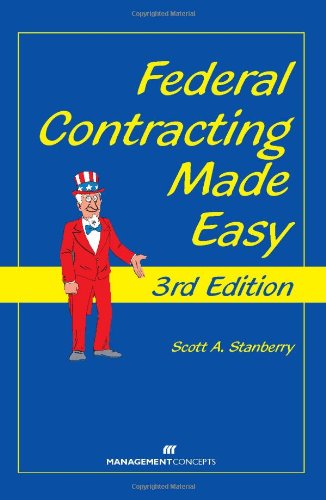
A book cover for Federal Contracting Made Easy, 3rd Edition; Scott A. Stanberry; Law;